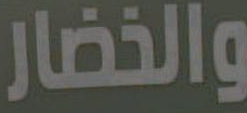
والخضار